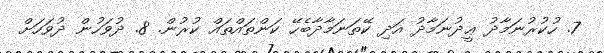
7. ހުކުރުނަމާދު ޢީދުނަމާދު އަދި ކޭތަނަމާދާބެހޭ ކަންތައްތައް ކުރުން. 8. ދުވަހުން ދުވަހަށް